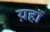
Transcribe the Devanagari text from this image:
य़हॉ